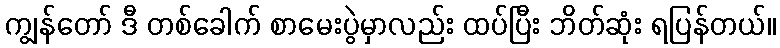
ကျွန်တော် ဒီ တစ်ခေါက် စာမေးပွဲမှာလည်း ထပ်ပြီး ဘိတ်ဆုံး ရပြန်တယ်။